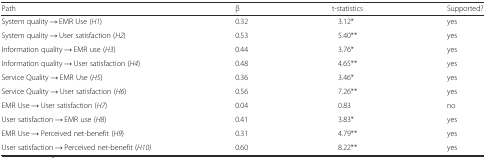
| Path | β | t-statistics | Supported? |
 | --- | --- | --- | --- |
 | System quality → EMR Use (H1) | 0.32 | 3.12* | yes |
 | System quality → User satisfaction (H2) | 0.53 | 5.40** | yes |
 | Information quality → EMR use (H3) | 0.44 | 3.76* | yes |
 | Information quality → User satisfaction (H4) | 0.48 | 4.65** | yes |
 | Service Quality → EMR Use (H5) | 0.36 | 3.46* | yes |
 | Service Quality → User satisfaction (H6) | 0.56 | 7.26** | yes |
 | EMR Use → User satisfaction (H7) | 0.04 | 0.83 | no |
 | User satisfaction → EMR use (H8) | 0.41 | 3.83* | yes |
 | EMR Use → Perceived net-benefit (H9) | 0.31 | 4.79** | yes |
 | User satisfaction → Perceived net-benefit (H10) | 0.60 | 8.22** | yes |